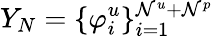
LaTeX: Y_{N}=\{ \varphi_{i}^{u}\} _{i=1}^{\mathcal{N}^{u}+\mathcal{N}^{p}}